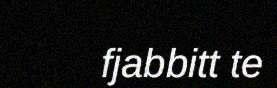
fjabbitt te